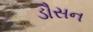
ડૌસન